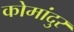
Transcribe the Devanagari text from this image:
कोमांदुर